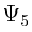
\Psi _ { 5 }